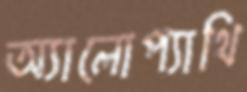
অ্যালোপ্যাথি